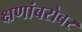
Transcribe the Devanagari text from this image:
क्षणांबरोबर